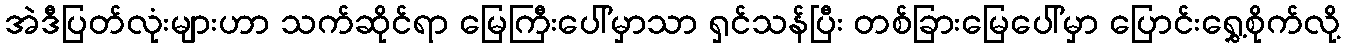
အဲဒီပြတ်လုံးများဟာ သက်ဆိုင်ရာ မြေကြီးပေါ်မှာသာ ရှင်သန်ပြီး တစ်ခြားမြေပေါ်မှာ ပြောင်းရွှေ့စိုက်လို့